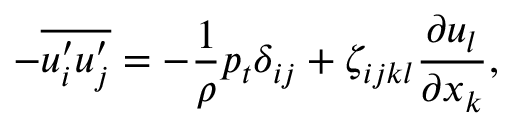
- \overline { { u _ { i } ^ { \prime } u _ { j } ^ { \prime } } } = - \frac { 1 } { \rho } p _ { t } \delta _ { i j } + \zeta _ { i j k l } \frac { \partial u _ { l } } { \partial x _ { k } } ,